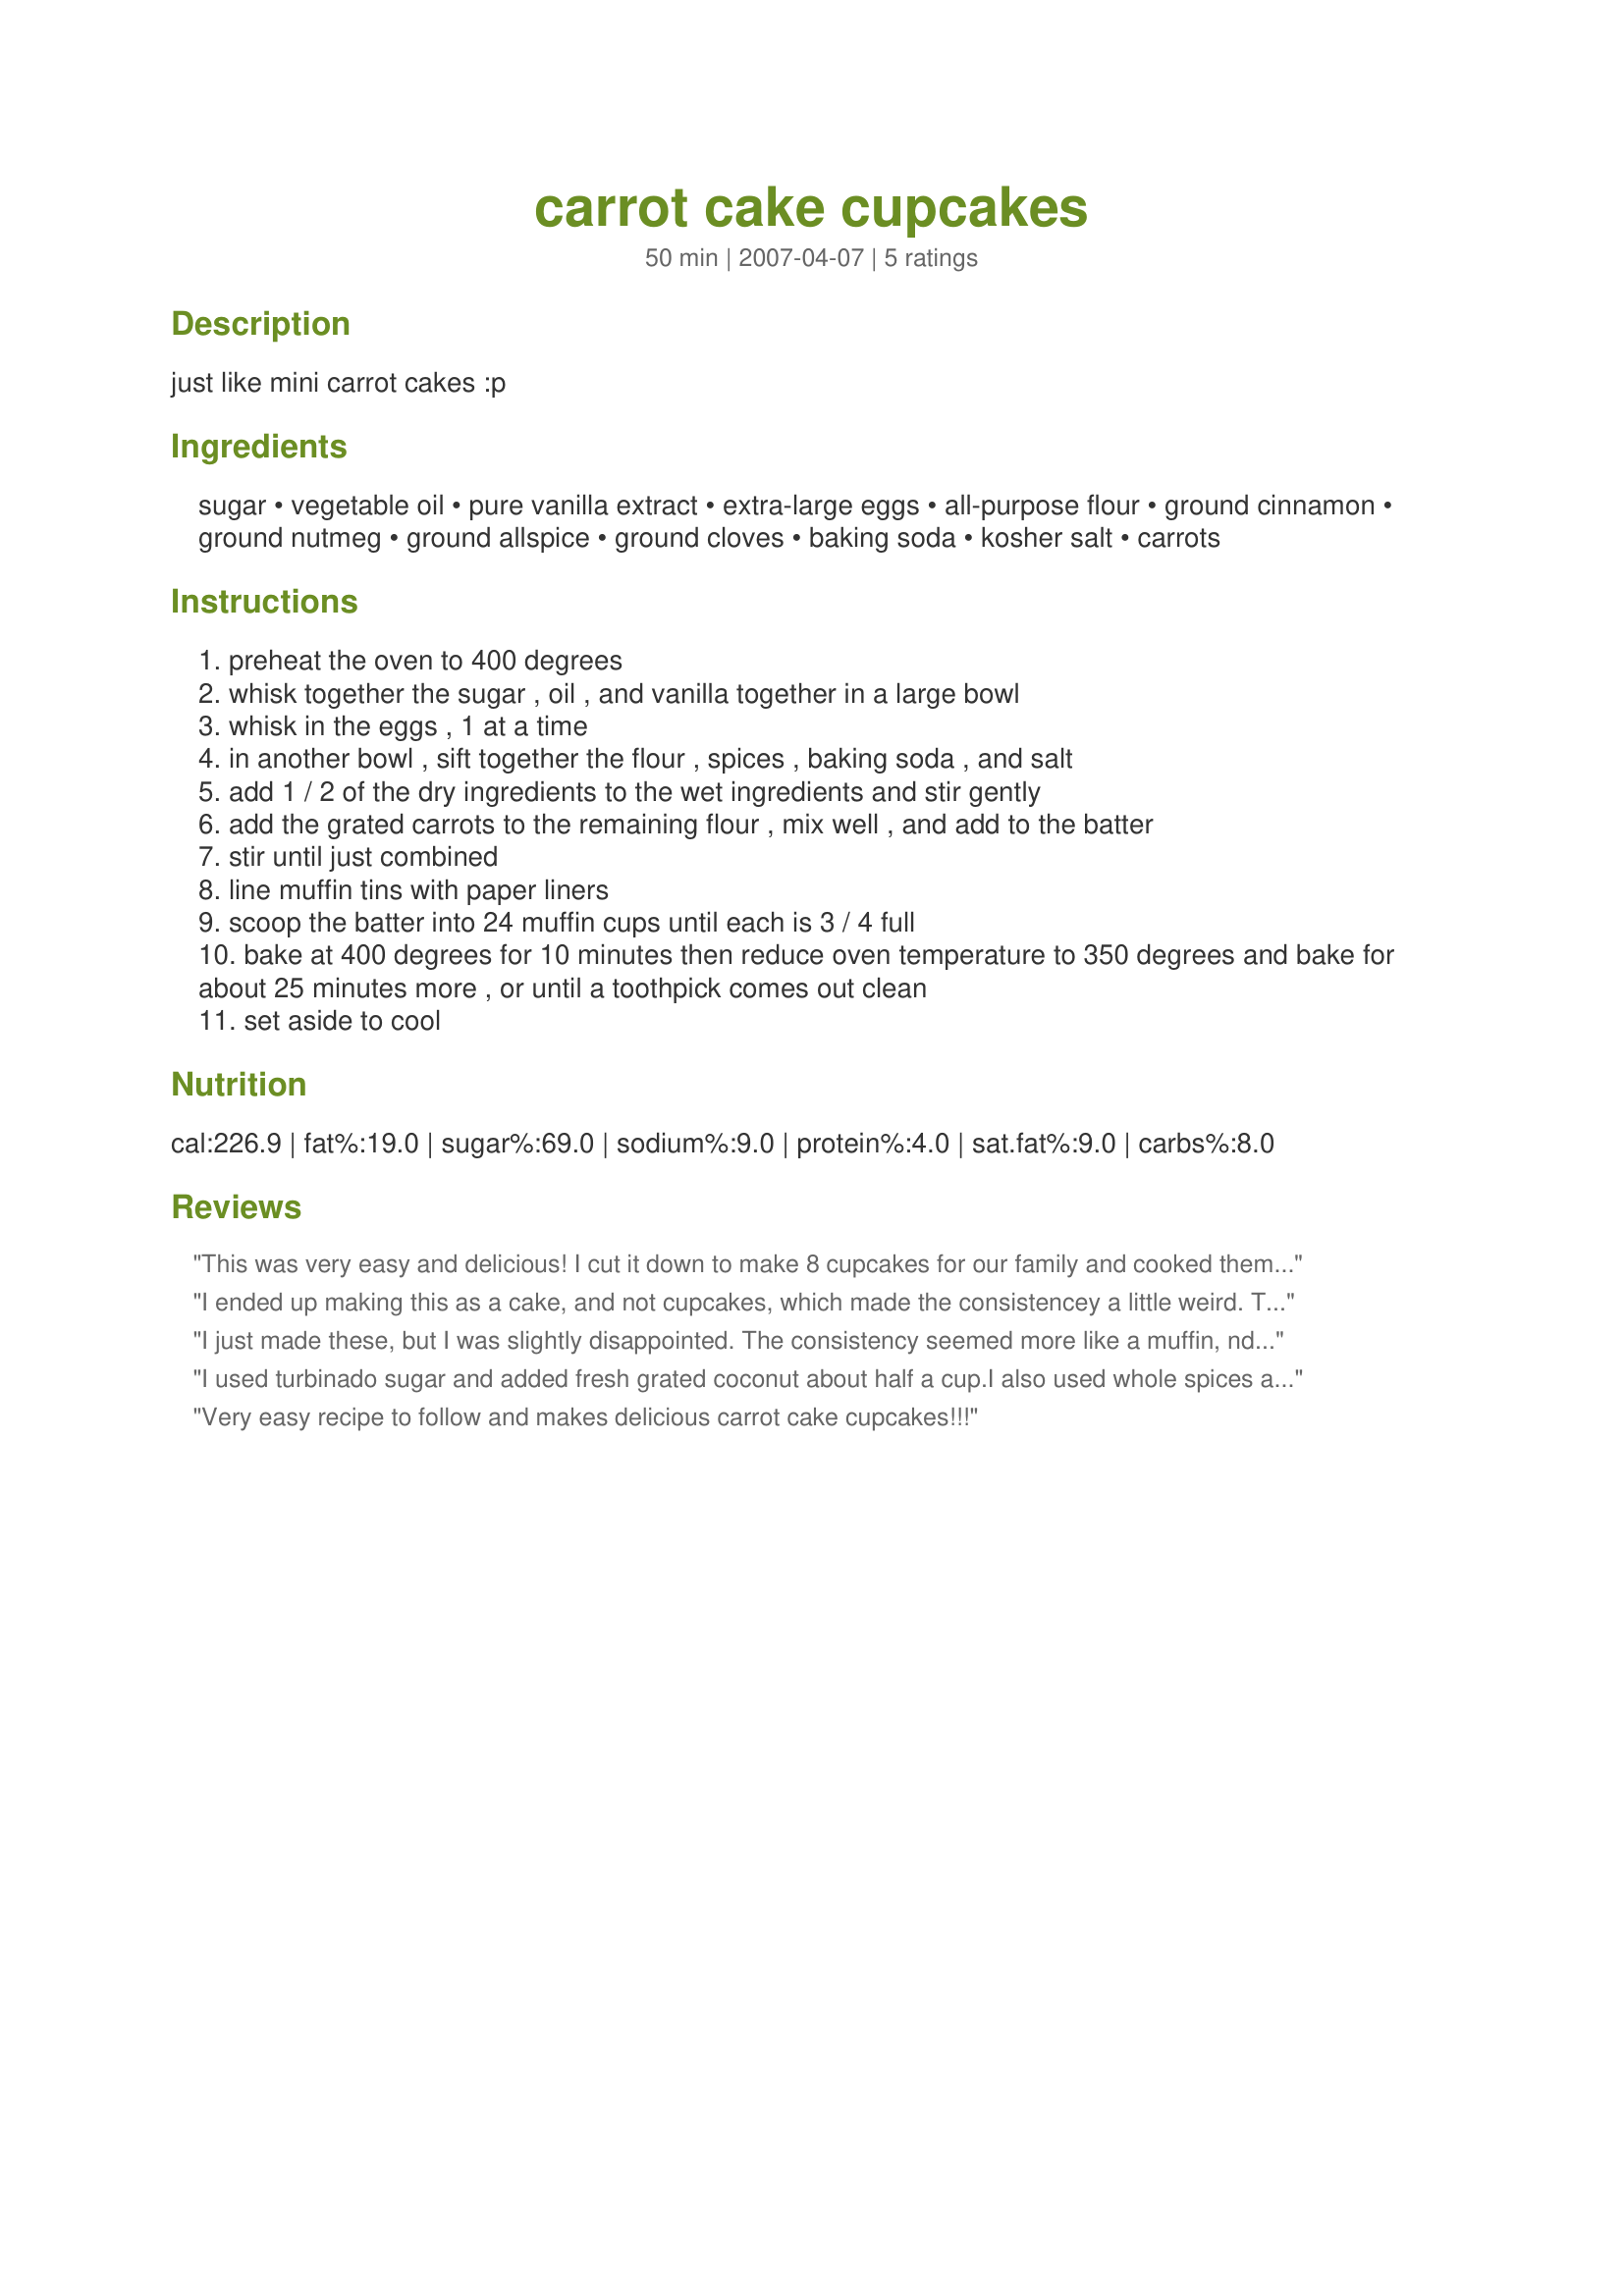
carrot cake cupcakes
Preparation time: 50 minutes

just like mini carrot cakes :p

Ingredients:
sugar, vegetable oil, pure vanilla extract, extra-large eggs, all-purpose flour, ground cinnamon, ground nutmeg, ground allspice, ground cloves, baking soda, kosher salt, carrots

Steps:
preheat the oven to 400 degrees
whisk together the sugar , oil , and vanilla together in a large bowl
whisk in the eggs , 1 at a time
in another bowl , sift together the flour , spices , baking soda , and salt
add 1 / 2 of the dry ingredients to the wet ingredients and stir gently
add the grated carrots to the remaining flour , mix well , and add to the batter
stir until just combined
line muffin tins with paper liners
scoop the batter into 24 muffin cups until each is 3 / 4 full
bake at 400 degrees for 10 minutes then reduce oven temperature to 350 degrees and bake for about 25 minutes more , or until a toothpick comes out clean
set aside to cool

Reviews:
This was very easy and delicious! I cut it down to make 8 cupcakes for our family and cooked them at 400 degrees for 15 minutes and then at 350 for about 5-10ish minutes. I wasn't really sure as our oven can be quite irregular when adjusting the temperatures. Well anyways these were delicious and nice and easy.
I ended up making this as a cake, and not cupcakes, which made the consistencey a little weird. The flavor was great, though.
I just made these, but I was slightly disappointed. The consistency seemed more like a muffin, nd they&#039;re weren&#039;t as moist as we would have liked. I&#039;m wondering if adding a little sour cream to the mix would help. They also weren&#039;t very sweet at all - had to use a lot of cream cheese frosting to sweeten them up. Overall it&#039;s not a bad recipe &amp; it&#039;s very quick and simple, but it just wasn&#039;t our cup of tea.
I used turbinado sugar and added fresh grated coconut about half a cup.I also used whole spices and grinded them up in my coffee grinder.The cupcakes are delicious, nice and moiste ,and easy to follow.Perfect for our Easter party.
Very easy recipe to follow and makes delicious carrot cake cupcakes!!!
